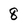
Character: 8